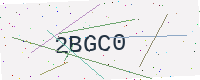
Text: 2BGC0